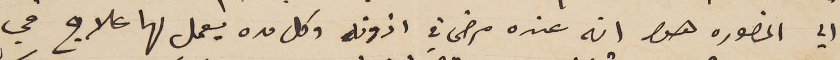
الي المنصوره هوا انه عنده مرض في اذونه وكل مده يعمل لها علاج في